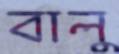
বালু